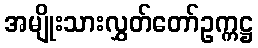
အမျိုးသားလွှတ်တော်ဥက္ကဋ္ဌ